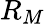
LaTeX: R_{M}